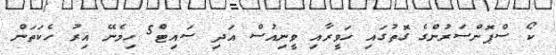
ކޯ ސްޕޮންސަރުންގެ ގޮތުގައި ހަވީރާއި ވީނިއުސް އަދި ސައިޓް5 ހިމެނޭ އިރު ހެކަތަން